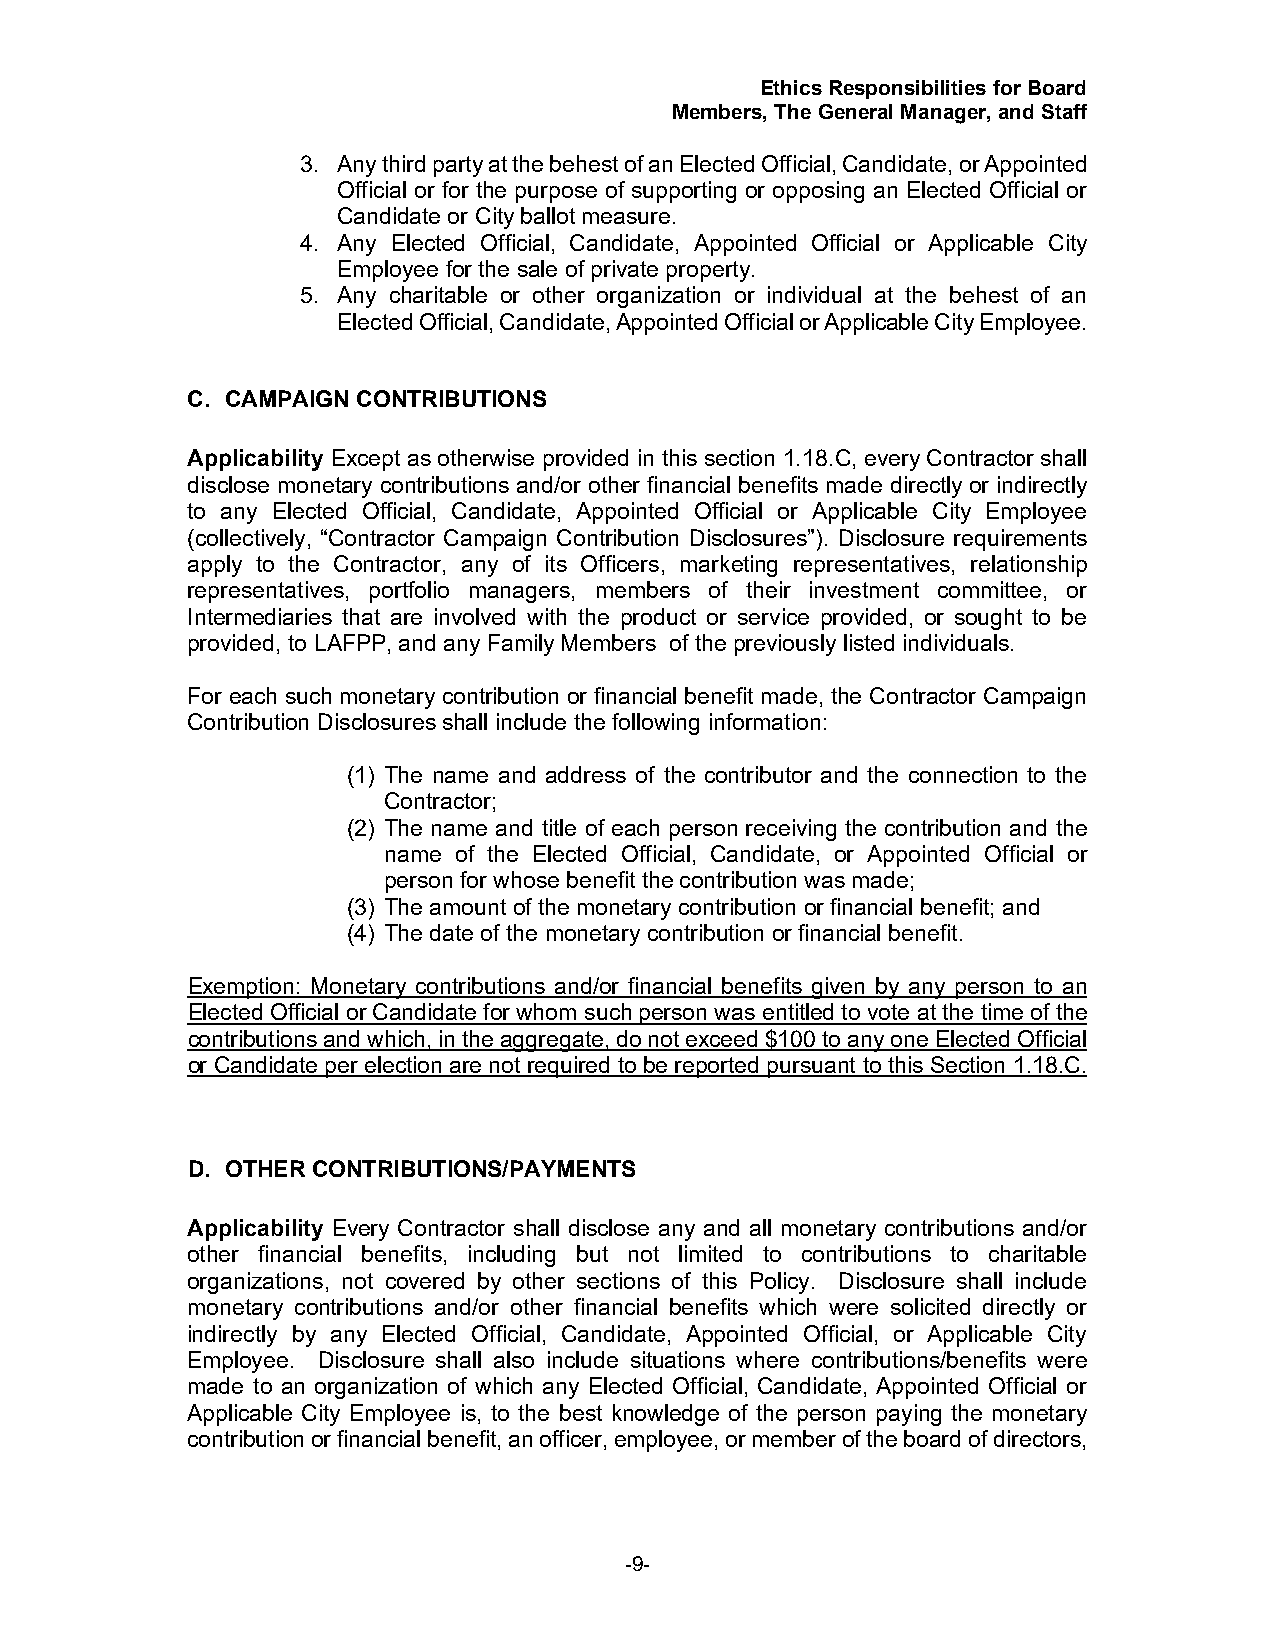
Ethics Responsibilities for Board
 Members, The General Manager, and Staff
 3. Any third party at the behest of an Elected Official, Candidate, or Appointed
 Official or for the purpose of supporting or opposing an Elected Official or
 Candidate or City ballot measure.
 4. Any Elected Official, Candidate, Appointed Official or Applicable City
 Employee for the sale of private property.
 5. Any charitable or other organization or individual at the behest of an
 Elected Official, Candidate, Appointed Official or Applicable City Employee.
 C. CAMPAIGN CONTRIBUTIONS
 Applicability Except as otherwise provided in this section 1.18.C, every Contractor shall
 disclose monetary contributions and/or other financial benefits made directly or indirectly
 to any Elected Official, Candidate, Appointed Official or Applicable City Employee
 (collectively, “Contractor Campaign Contribution Disclosures”). Disclosure requirements
 apply to the Contractor, any of its Officers, marketing representatives, relationship
 representatives, portfolio managers, members of their investment committee, or
 Intermediaries that are involved with the product or service provided, or sought to be
 provided, to LAFPP, and any Family Members of the previously listed individuals.
 For each such monetary contribution or financial benefit made, the Contractor Campaign
 Contribution Disclosures shall include the following information:
 (1) The name and address of the contributor and the connection to the
 Contractor;
 (2) The name and title of each person receiving the contribution and the
 name of the Elected Official, Candidate, or Appointed Official or
 person for whose benefit the contribution was made;
 (3) The amount of the monetary contribution or financial benefit; and
 (4) The date of the monetary contribution or financial benefit.
 Exemption: Monetary contributions and/or financial benefits given by any person to an
 Elected Official or Candidate for whom such person was entitled to vote at the time of the
 contributions and which, in the aggregate, do not exceed $100 to any one Elected Official
 or Candidate per election are not required to be reported pursuant to this Section 1.18.C.
 D. OTHER CONTRIBUTIONS/PAYMENTS
 Applicability Every Contractor shall disclose any and all monetary contributions and/or
 other financial benefits, including but not limited to contributions to charitable
 organizations, not covered by other sections of this Policy. Disclosure shall include
 monetary contributions and/or other financial benefits which were solicited directly or
 indirectly by any Elected Official, Candidate, Appointed Official, or Applicable City
 Employee. Disclosure shall also include situations where contributions/benefits were
 made to an organization of which any Elected Official, Candidate, Appointed Official or
 Applicable City Employee is, to the best knowledge of the person paying the monetary
 contribution or financial benefit, an officer, employee, or member of the board of directors,
 -9-